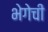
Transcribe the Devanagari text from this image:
भेगेची